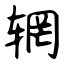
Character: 辋